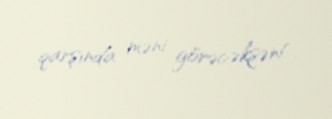
qarşında məni görəcəksən!.